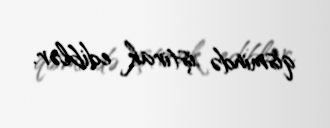
qismində iştirak ediblər.